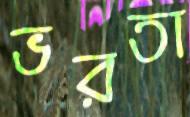
ভরতা